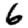
Digit: 6